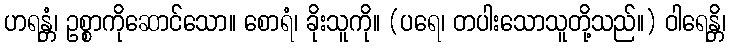
ဟရန္တံ၊ ဥစ္စာကိုဆောင်သော။ စောရံ၊ ခိုးသူကို။ (ပရေ၊ တပါးသောသူတို့သည်။) ဝါရေန္တိ၊